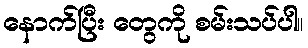
နောက်ပြီး တွေကို စမ်းသပ်ပါ။